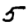
Digit: 5